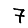
Digit: 7